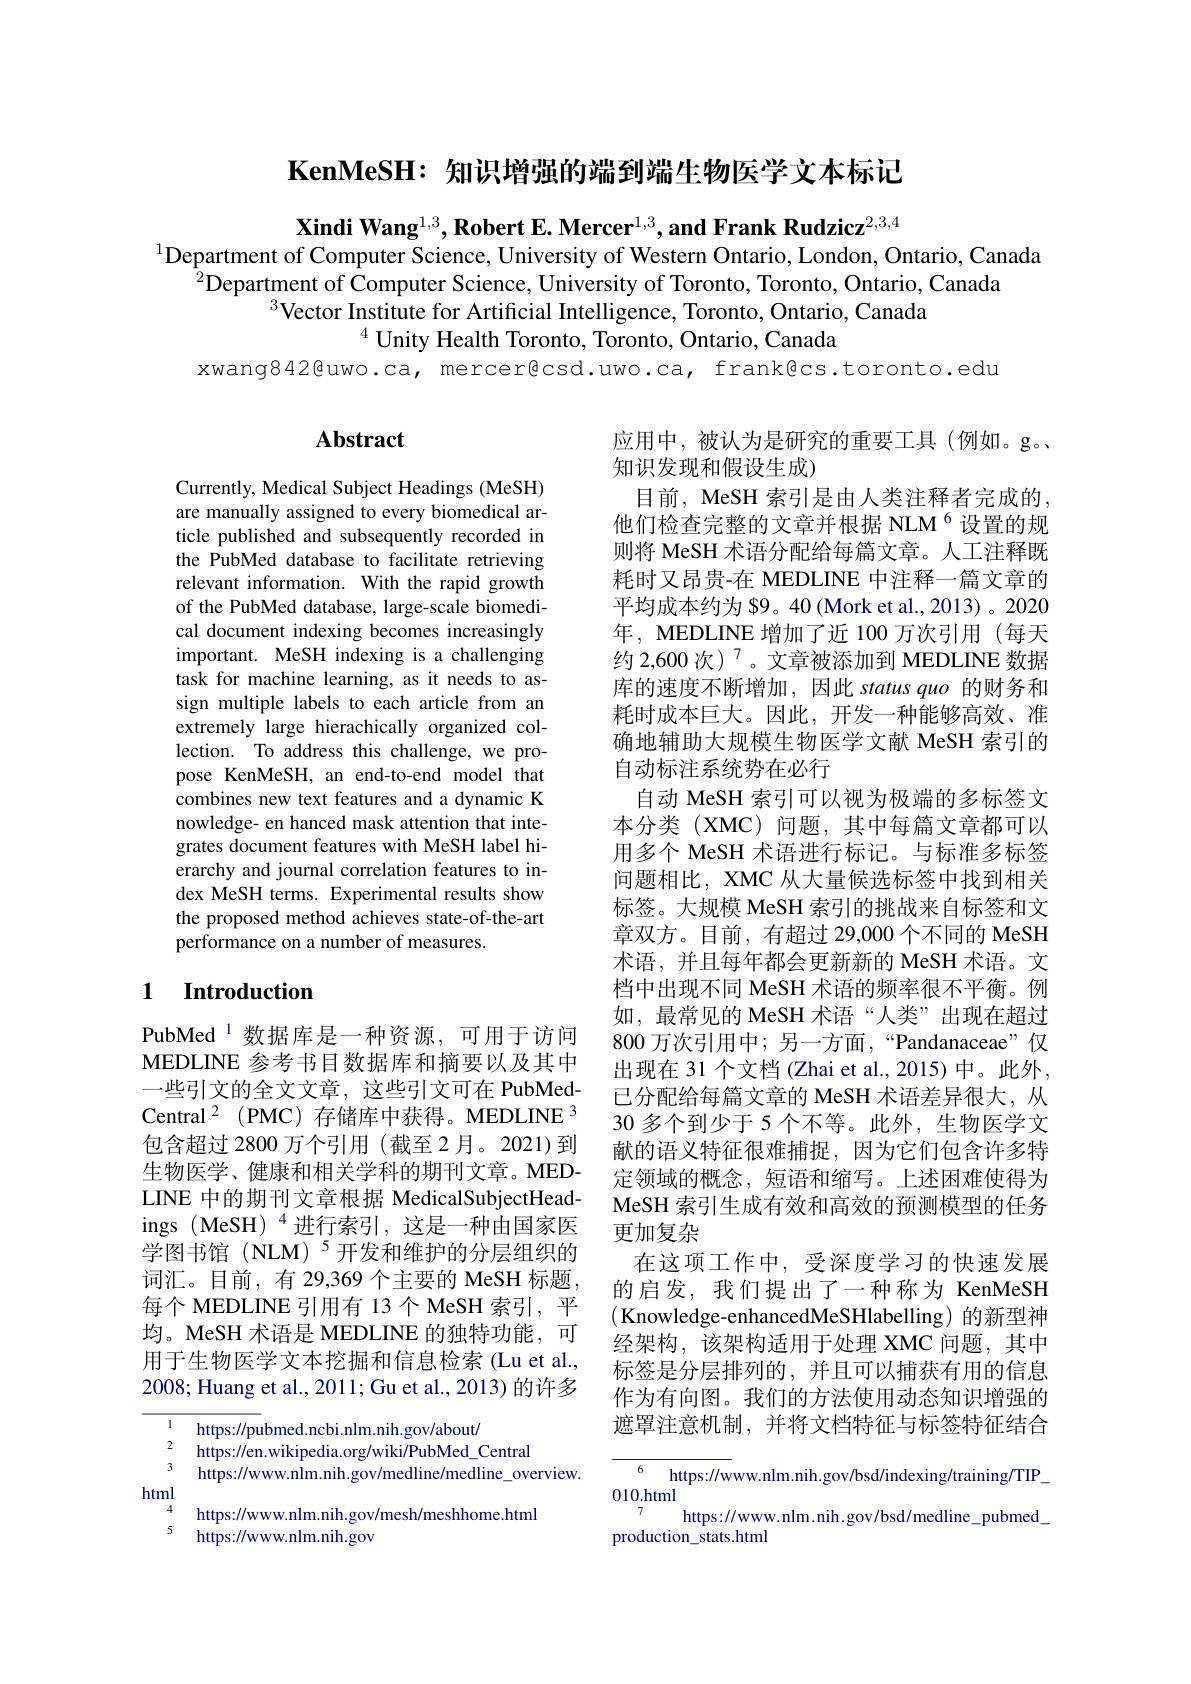
$\textbf{KenMeSH: 知 识 增 强 的 端 到 端 牛 物 医 学 文 本 标 记 }$

$\textbf{Xindi Wang}^{1,3},\textbf{Robert E. Mercer}^{1,3},\textbf{and Frank Rudzicz}^{2,3,4}$
$^{1}$Department of Computer Science, University of Western Ontario, London, Ontario, Canada
$^{2}$Department of Computer Science, University of Toronto, Toronto, Ontario, Canada
$^{3}$Vector Institute for Artificial Intelligence, Toronto, Ontario, Canada
$^{4}$ Unity Health Toronto, Toronto, Ontario, Canada
xwang842@uwo.ca, mercerêcsd.uwo.ca, frankêcs.toronto.edu

# Abstract

Currently, Medical Subject Headings (MeSH) are manually assigned to every biomedical article published and subsequently recorded in the PubMed database to facilitate retrieving relevant information. With the rapid growth of the PubMed database, large-scale biomedical document indexing becomes increasingly important. MeSH indexing is a challenging task for machine learning, as it needs to assign multiple labels to each article from an extremely large hierachically organized collection. To address this challenge, we propose KenMeSH, an end-to-end model that combines new text features and a dynamic K nowledge- en hanced mask attention that integrates document features with MeSH label hierarchy and journal correlation features to index MeSH terms. Experimental results show the proposed method achieves state-of-the-art performance on a number of measures.

应用中，被认为是研究的重要工具(例如。g。
知识发现和假设生成)
目前，MeSH 索引是由人类注释者完成的， 他们检查完整的文章并根据 NLM$^{6}$设置的规则将 MeSH 术语分配给每篇文章。人工注释既耗时又昂贵-在 MEDLINE 中注释一篇文章的平均成本约为 $9。40 (Mork et al., 2013) 。2020年，MEDLINE 增加了近 100 万次引用(每天约 2,600 次) $^{7}$。文章被添加到 MEDLINE 数据库的速度不断增加，因此 status quo 的财务和耗时成本巨大。因此，开发一种能够高效、准确地辅助大规模生物医学文献 MeSH 索引的自动标注系统势在必行
自动 MeSH 索引可以视为极端的多标签文本分类 (XMC)问题，其中每篇文章都可以用多个 MeSH 术语进行标记。与标准多标签问题相比，XMC 从大量候选标签中找到相关标签。大规模 MeSH 索引的挑战来自标签和文章双方。目前，有超过 29,000 个不同的 MeSH 术语，并且每年都会更新新的 MeSH 术语。文档中出现不同 MeSH 术语的频率很不平衡。例如，最常见的 MeSH 术语“人类”出现在超过800 万次引用中；另一方面，“Pandanaceae”仅出现在 31 个文档 (Zhai et al., 2015) 中。此外， 已分配给每篇文章的 MeSH 术语差异很大，从30 多个到少于 5 个不等。此外，生物医学文献的语义特征很难捕捉，因为它们包含许多特定领域的概念，短语和缩写。上述困难使得为MeSH 索引生成有效和高效的预测模型的任务更加复杂
在这项工作中，受深度学习的快速发展的启发，我们提出了一种称为 KenMeSH (Knowledge-enhancedMeSHlabelling)的新型神经架构，该架构适用于处理 XMC 问题，其中标签是分层排列的，并且可以捕获有用的信息作为有向图。我们的方法使用动态知识增强的遮罩注意机制，并将文档特征与标签特征结合

### 1 $\textbf{Introduction}$

PubMed$^{1}$数据库是一种资源，可用于访问MEDLINE 参考书目数据库和摘要以及其中一些引文的全文文章，这些引文可在 PubMedCentral$^{2}$(PMC)存储库中获得。MEDLINE 3包含超过 2800 万个引用 (截至 2月。2021)到生物医学、健康和相关学科的期刊文章。MEDLINE 中的期刊文章根据 MedicalSubjectHeadings (MeSH) $^{4}$进行索引，这是一种由国家医学图书馆(NLM)$^{5}$开发和维护的分层组织的词汇。目前，有 29,369 个主要的 MeSH 标题， 每个 MEDLINE 引用有 13 个 MeSH 索引，平均。MeSH 术语是 MEDLINE 的独特功能，可用于生物医学文本挖掘和信息检索(Lu et al., 2008; Huang et al., 2011; Gu et al., 2013) 的许多

$\begin{array}{ll}1&\text{https://pubmed.ncbi.nlm.nih.gov/about/}\\2&\text{https://en.wikipedia.org/wiki/PubMed\_Central}\end{array}$
$^3$ https://www.nlm.nih.gov/medline/medline\_overview.
html
https://www.nlm.nih.gov/mesh/meshhome.html
5 https://www.nlm.nih.gov

$^{6}$ https://www.nlm.nih.gov/bsd/indexing/training/TIP\_
010.html
https://www.nlm.nih.gov/bsd/medline_pubmed_p
production\_stats.html